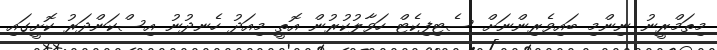
މިތަމްރީނު ނިންމި ބައިވެރިންނަށް ސެޓިފިކެޓް ހަވާލުކުރުން އޮތީ މިއަދު ހެނދުނު އިސްކަންދަރު ކޮށީގައި